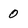
Character: 0